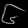
Digit: ၆